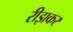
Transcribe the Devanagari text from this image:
रीझकर